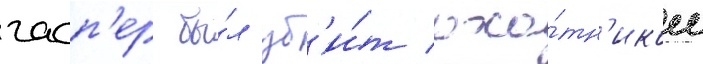
гасп'ер бы́л уб'и́т охо́тн'иком